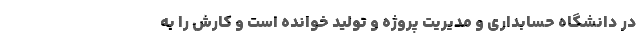
در دانشگاه حسابداری و مدیریت پروژه و تولید خوانده است و کارش را به